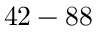
4 2 - 8 8 \